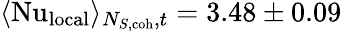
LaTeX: \langle\mathrm{Nu}_{\textrm{local}}\rangle_{N_{S\textrm{,coh}},t}=3.48\pm 0.09